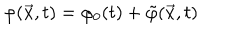
LaTeX: \varphi ( { \vec { x } } , t ) = \varphi _ { 0 } ( t ) + { \tilde { \varphi } } ( \vec { x } , t )